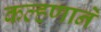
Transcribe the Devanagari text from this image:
कल्हणाने